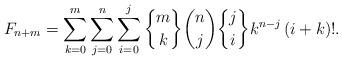
LaTeX: \begin{align*}F_{n+m}=\sum_{k=0}^{m}\sum_{j=0}^{n}\sum_{i=0}^{j}\genfrac{\{}{\}}{0pt}{}{m}{k}\binom{n}{j}\genfrac{\{}{\}}{0pt}{}{j}{i}k^{n-j}\left( i+k\right) !. \end{align*}